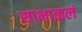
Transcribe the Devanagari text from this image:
साभाळलं